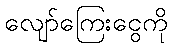
လျော်ကြေးငွေကို